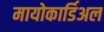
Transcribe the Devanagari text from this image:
मायोकार्डिअल